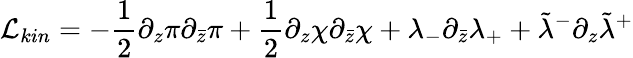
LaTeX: {\cal L}_{kin}=-{\frac{1}{2}}\partial_{z}\pi\partial_{\bar{z}}\pi+{\frac{1}{2}}\partial_{z}\chi\partial_{\bar{z}}\chi+\lambda_{-}\partial_{\bar{z}}\lambda_{+}+\tilde{\lambda}^{-}\partial_{z}\tilde{\lambda}^{+}